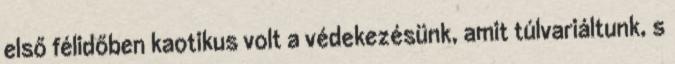
első félidőben kaotikus volt a védekezésünk, amit túlvariáltunk, s